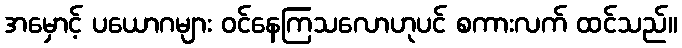
အမှောင့် ပယောဂများ ဝင်နေကြသလောဟုပင် စကားလက် ထင်သည်။